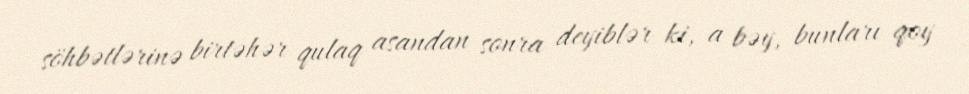
söhbətlərinə birtəhər qulaq asandan sonra deyiblər ki, a bəy, bunları qoy